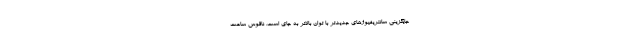
جایگزینی سانتریفیوژهای جدیدتر با توان بالاتر به جای است. ناقوس ساعت